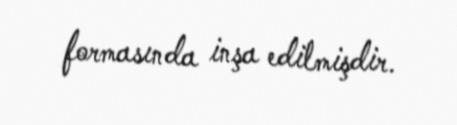
formasında inşa edilmişdir.